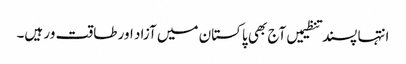
انتہا پسند تنظیمیں آج بھی پاکستان میں آزاد اور طاقت ور ہیں۔